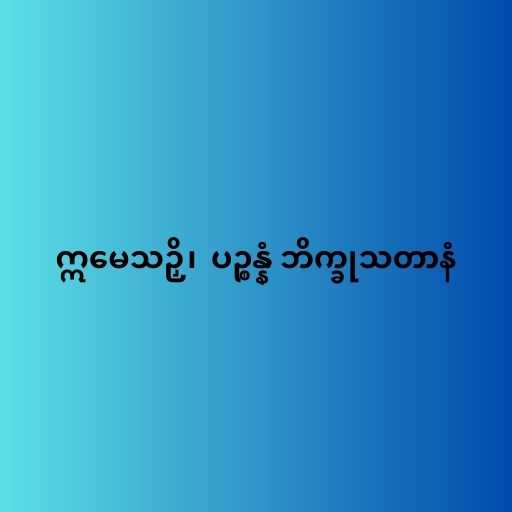
ဣမေသဉှိ၊  ပဉ္စန္နံ ဘိက္ခုသတာနံ